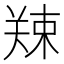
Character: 𪲿